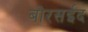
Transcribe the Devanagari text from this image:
बोरसईद